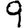
Digit: 9